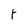
Character: t